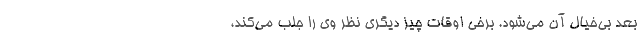
بعد بی‌خیال آن می‌شود. برخی اوقات چیز دیگری نظر وی را جلب می‌کند،